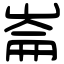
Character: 崙